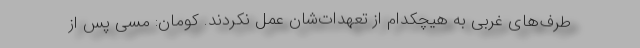
طرف‌های غربی به هیچکدام از تعهدات‌شان عمل نکردند. کومان: مسی پس از